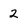
Character: 2